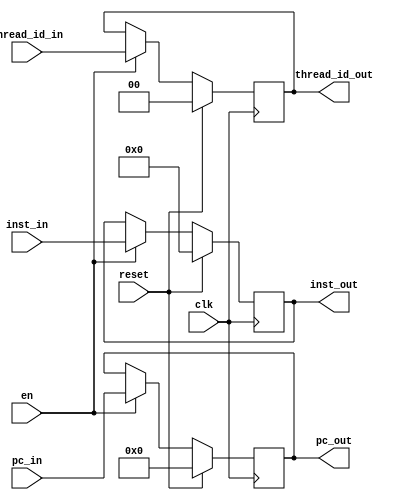
module pipe_fetch_decode
   #(parameter DATAPATH_WIDTH = 64,
	  parameter REGFILE_ADDR_WIDTH = 5,
	  parameter INST_ADDR_WIDTH = 9,
	  parameter THREAD_BITS = 2)

   (input [31:0] inst_in,
	 input [THREAD_BITS-1:0] thread_id_in,
	 input clk,
	 input en,
	 input reset, 
	 input [INST_ADDR_WIDTH-1:0] pc_in,
    output reg [31:0] inst_out,
	 output reg [INST_ADDR_WIDTH-1:0] pc_out,
	 output reg [THREAD_BITS-1:0]	thread_id_out);
	 
always @ (posedge clk) 
  begin
	 if (reset) begin
		inst_out <= 'd0;
		pc_out <= 'd0;
		thread_id_out <= 'd0;
	 end
	 else if (en) begin
		inst_out <= inst_in;
		pc_out <= pc_in;
		thread_id_out <= thread_id_in;
	 end
  end
endmodule